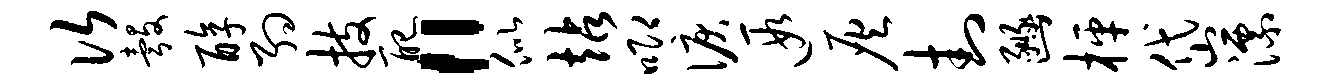
次彀醇约技配“似站唧泪遐灰封豳枰岱漂